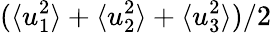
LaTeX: (\langle u_{1}^{2}\rangle+\langle u_{2}^{2}\rangle+\langle u_{3}^{2}\rangle)/2